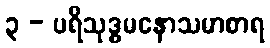
၃ - ပရိသုဒ္ဓမနောသမာစာရ